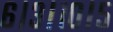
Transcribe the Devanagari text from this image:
६।३।१०।५